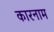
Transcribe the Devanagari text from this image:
कारनाम